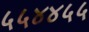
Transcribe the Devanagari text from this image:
५५४४५५